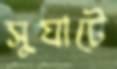
সুঘাটে